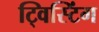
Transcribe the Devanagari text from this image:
ट्विस्टिंग